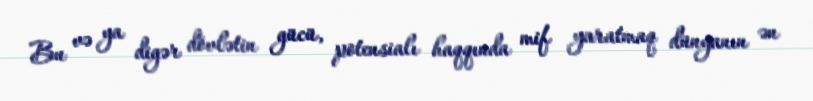
Bu və ya digər dövlətin gücü, potensialı haqqında mif yaratmaq dünyanın ən